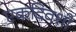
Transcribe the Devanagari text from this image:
एकदिवशी